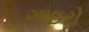
ગાઇરો